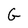
Character: G